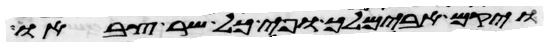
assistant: ויקם אבימלך ופי כל שר צבאו